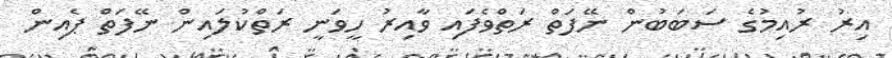
އިރު ރުއިމުގެ ސަބަބުން ނޭފަތް ރަތްވެފައި ވާއިރު ހީވަނީ ރަތްކުލައިން ނޭފަތް ޕެއިން